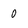
Character: o